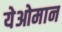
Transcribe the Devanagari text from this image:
येओमान